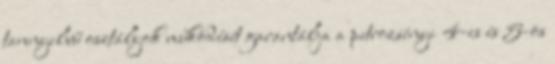
tannyelvű osztályok működését garantálja a petrozsényi 4-es és 5-ös